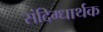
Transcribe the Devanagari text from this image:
संदिग्धार्थक